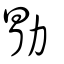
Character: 勖